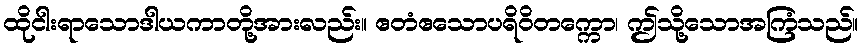
ထိုငါးရာသောဒါယကာတို့အားလည်း။ ဧတံဧသောပရိဝိတက္ကော၊ ဤသို့သောအကြံသည်။